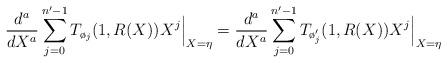
LaTeX: \begin{align*}\frac{d^a}{dX^a}\sum_{j=0}^{n'-1}T_{\o_j}(1,R(X))X^j\Big|_{X=\eta}=\frac{d^a}{dX^a}\sum_{j=0}^{n'-1}T_{\o'_j}(1,R(X))X^j\Big|_{X=\eta}\end{align*}